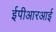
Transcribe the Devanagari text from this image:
ईपीआरआई